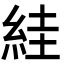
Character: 絓